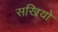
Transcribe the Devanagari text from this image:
सखियो